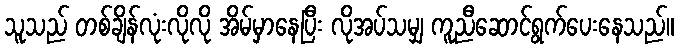
သူသည် တစ်ချိန်လုံးလိုလို အိမ်မှာနေပြီး လိုအပ်သမျှ ကူညီဆောင်ရွက်ပေးနေသည်။